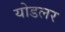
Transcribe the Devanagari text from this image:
योडलर